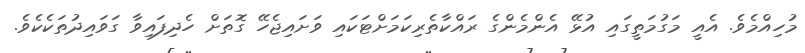
މުހިއްމެވެ. އެއީ މަގުމަތީގައި އުޅޭ އެންމެންގެ ރައްކާތެރިކަމަށްޓަކައި ވަށައިޖެހޭ ގޮތަށް ހެދިފައިވާ ގަވައިދުތަކެކެވެ.